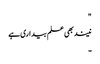
"
نیند بھی علم بیداری ہے
۔